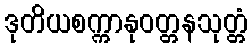
ဒုတိယစက္ကာနုဝတ္တနသုတ္တံ